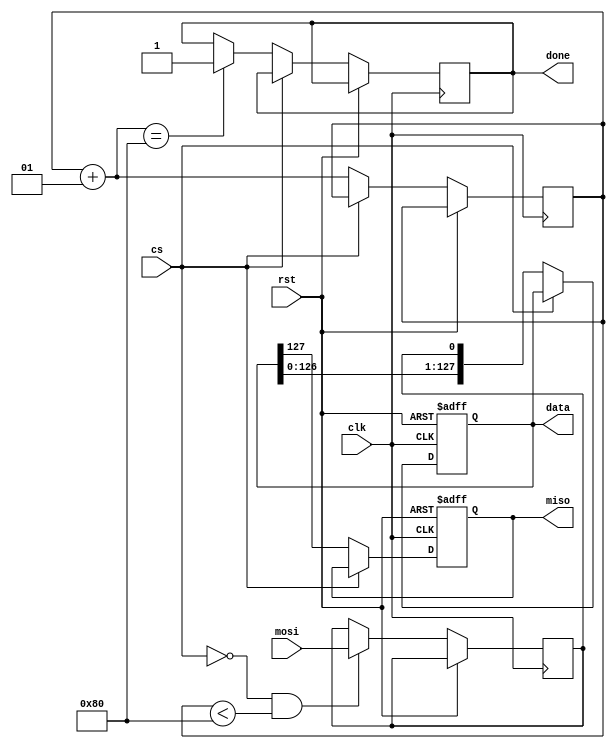
module Spi #(parameter Nk = 4, Nr = 10, datasize = 128)(
    input clk,
    input rst,
    input cs,
    output reg miso,
    input mosi,
    output reg done = 0,
    output [Nk * 32 - 1:0] data
);
    reg [datasize - 1:0] regis = 0;
    integer counter = 0;
    reg rec;

    always @(posedge clk, posedge rst) begin
        if (rst) begin
            
        end else begin
            if(!cs && counter < datasize) begin
                rec = mosi;  
            end
        end
    end

    always @(negedge clk, posedge rst) begin
        if (rst) begin
            miso <= 1'b0;
			regis <= 0;
		end else
            if(!cs) begin
                miso = regis[datasize - 1];
                regis <= {regis[datasize - 2:0], rec};
                counter = counter + 1;
                if(counter == datasize)
                    done <= 1'b1;
            end
    end

    assign data = regis;

endmodule